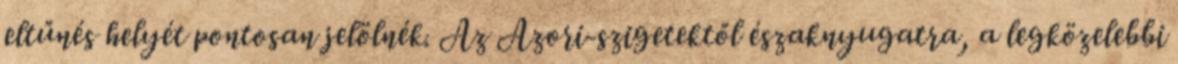
eltűnés helyét pontosan jelölnék. Az Azori-szigetektől északnyugatra, a legközelebbi